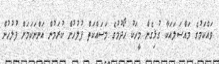
ވައްކަމުގެ މައްސަލައަކާ ގުޅިގެން މީހަކު ހޯދުމުގެ މަސައްކަތް ފުލުހުން ކުރަމުން އަންނަކަމަށް ފުލުހުން